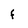
Character: f